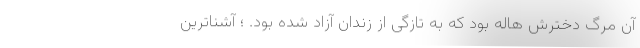
آن مرگ دخترش هاله بود که به تازگی از زندان آزاد شده بود. ؛ آشنا‌ترین